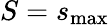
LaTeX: S=s_{\mathrm{max}}